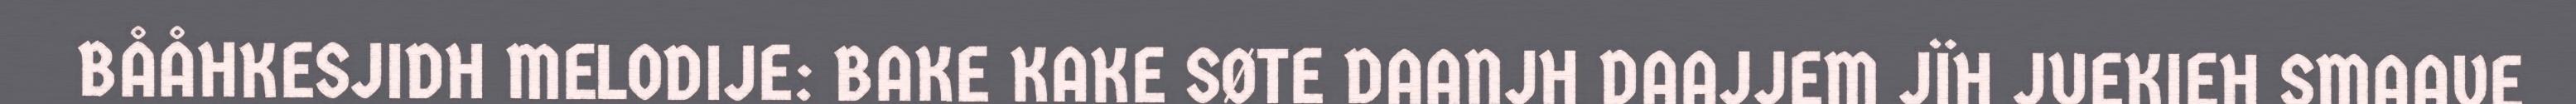
BÅÅHKESJIDH MELODIJE: BAKE KAKE SØTE DAANJH DAAJJEM JÏH JUEKIEH SMAAVE